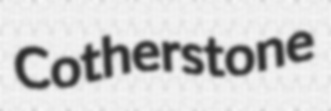
Cotherstone